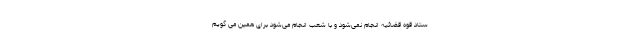
ستاد قوه قضائیه انجام نمی‌شود و با شعب انجام می‌شود برای همین می گویم